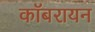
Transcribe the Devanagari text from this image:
कॉबरायन